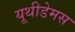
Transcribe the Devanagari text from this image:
यूथीडेमस